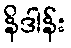
နိဒါန်း